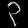
Digit: ၃